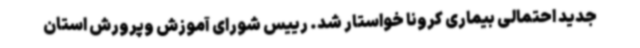
جدید احتمالی بیماری کرونا خواستار شد. رییس شورای آموزش ‌وپرورش استان